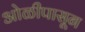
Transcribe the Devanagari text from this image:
ओळीपासून